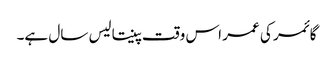
گائمر کی عمر اس وقت پینتالیس سال ہے۔